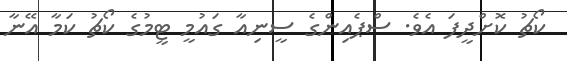
ކޯޗު ކޮށްދީފަ އެވެ. ސްޕެއިންގެ ސީނިއާ ގައުމީ ޓީމުގެ ކޯޗު ކަމާ އޭނާ